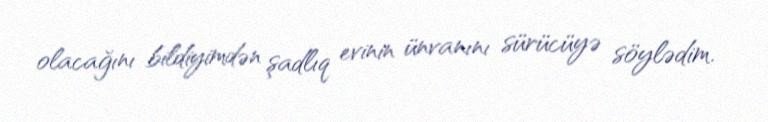
olacağını bildiyimdən şadlıq evinin ünvanını sürücüyə söylədim.